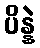
ပိန္နဲ